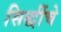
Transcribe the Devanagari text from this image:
सिद्धींचे